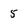
Character: 5